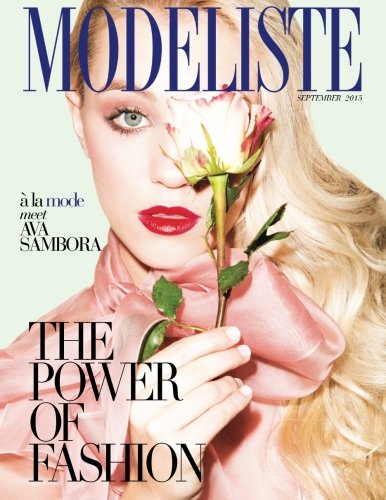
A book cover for Modeliste: September 2015; Amy McCabe; Arts & Photography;